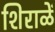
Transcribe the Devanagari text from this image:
शिराळें